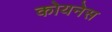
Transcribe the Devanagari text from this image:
कोयनेस